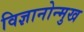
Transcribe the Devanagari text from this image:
विज्ञानोन्मुख